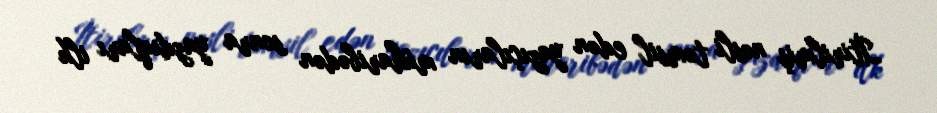
İtirilmiş nəsli təmsil edən yazıçıların müharibədən sonra yazdıqları ilk